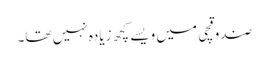
صندوقچی میں ویسے کچھ زیادہ نہیں تھا۔